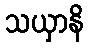
သယှာနိ